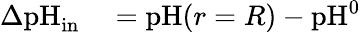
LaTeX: \begin{array}{rl}{\Delta\textrm{pH}_{\textrm{in}}}&{{}=\textrm{pH}(r=R)-\textrm{pH}^{0}}\end{array}